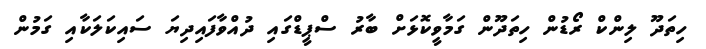
ހިތަދޫ ލިންކް ރޯޑުން ހިތަދޫން ގަމާވީކޮޅަށް ބާރު ސްޕީޑްގައި ދުއްވާފައިދިޔަ ސައިކަލަކާއި ގަމުން